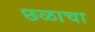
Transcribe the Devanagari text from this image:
छळाचा